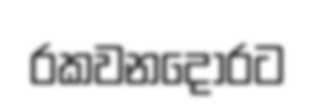
රකවනදොරට